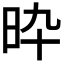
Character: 𣅢